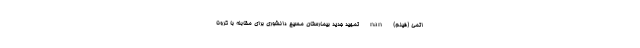
اتمی (فیلم) nan تمهید جدید بیمارستان مسیح دانشوری برای مقابله با کرونا